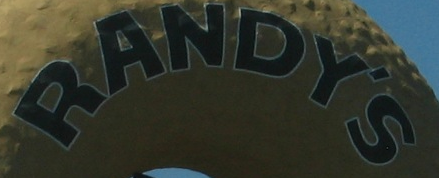
RANDY'S